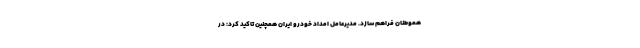
هموطنان فراهم سازد. مدیرعامل امداد خودرو ایران همچنین تاکید کرد: در